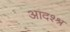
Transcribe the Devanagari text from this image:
आदश्श्र